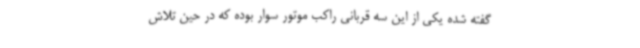
گفته شده یکی از این سه قربانی راکب موتور سوار بوده که در حین تلاش